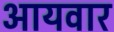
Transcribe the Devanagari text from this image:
आयवार